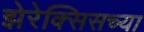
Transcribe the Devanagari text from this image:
झेरेक्सिसच्या